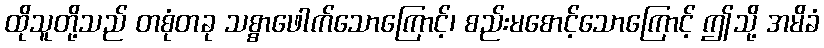
ထိုသူတို့သည် တစုံတခု သစ္စာဖေါက်သောကြောင့်၊ စည်းမစောင့်သောကြောင့် ဤသို့ အမိခံ